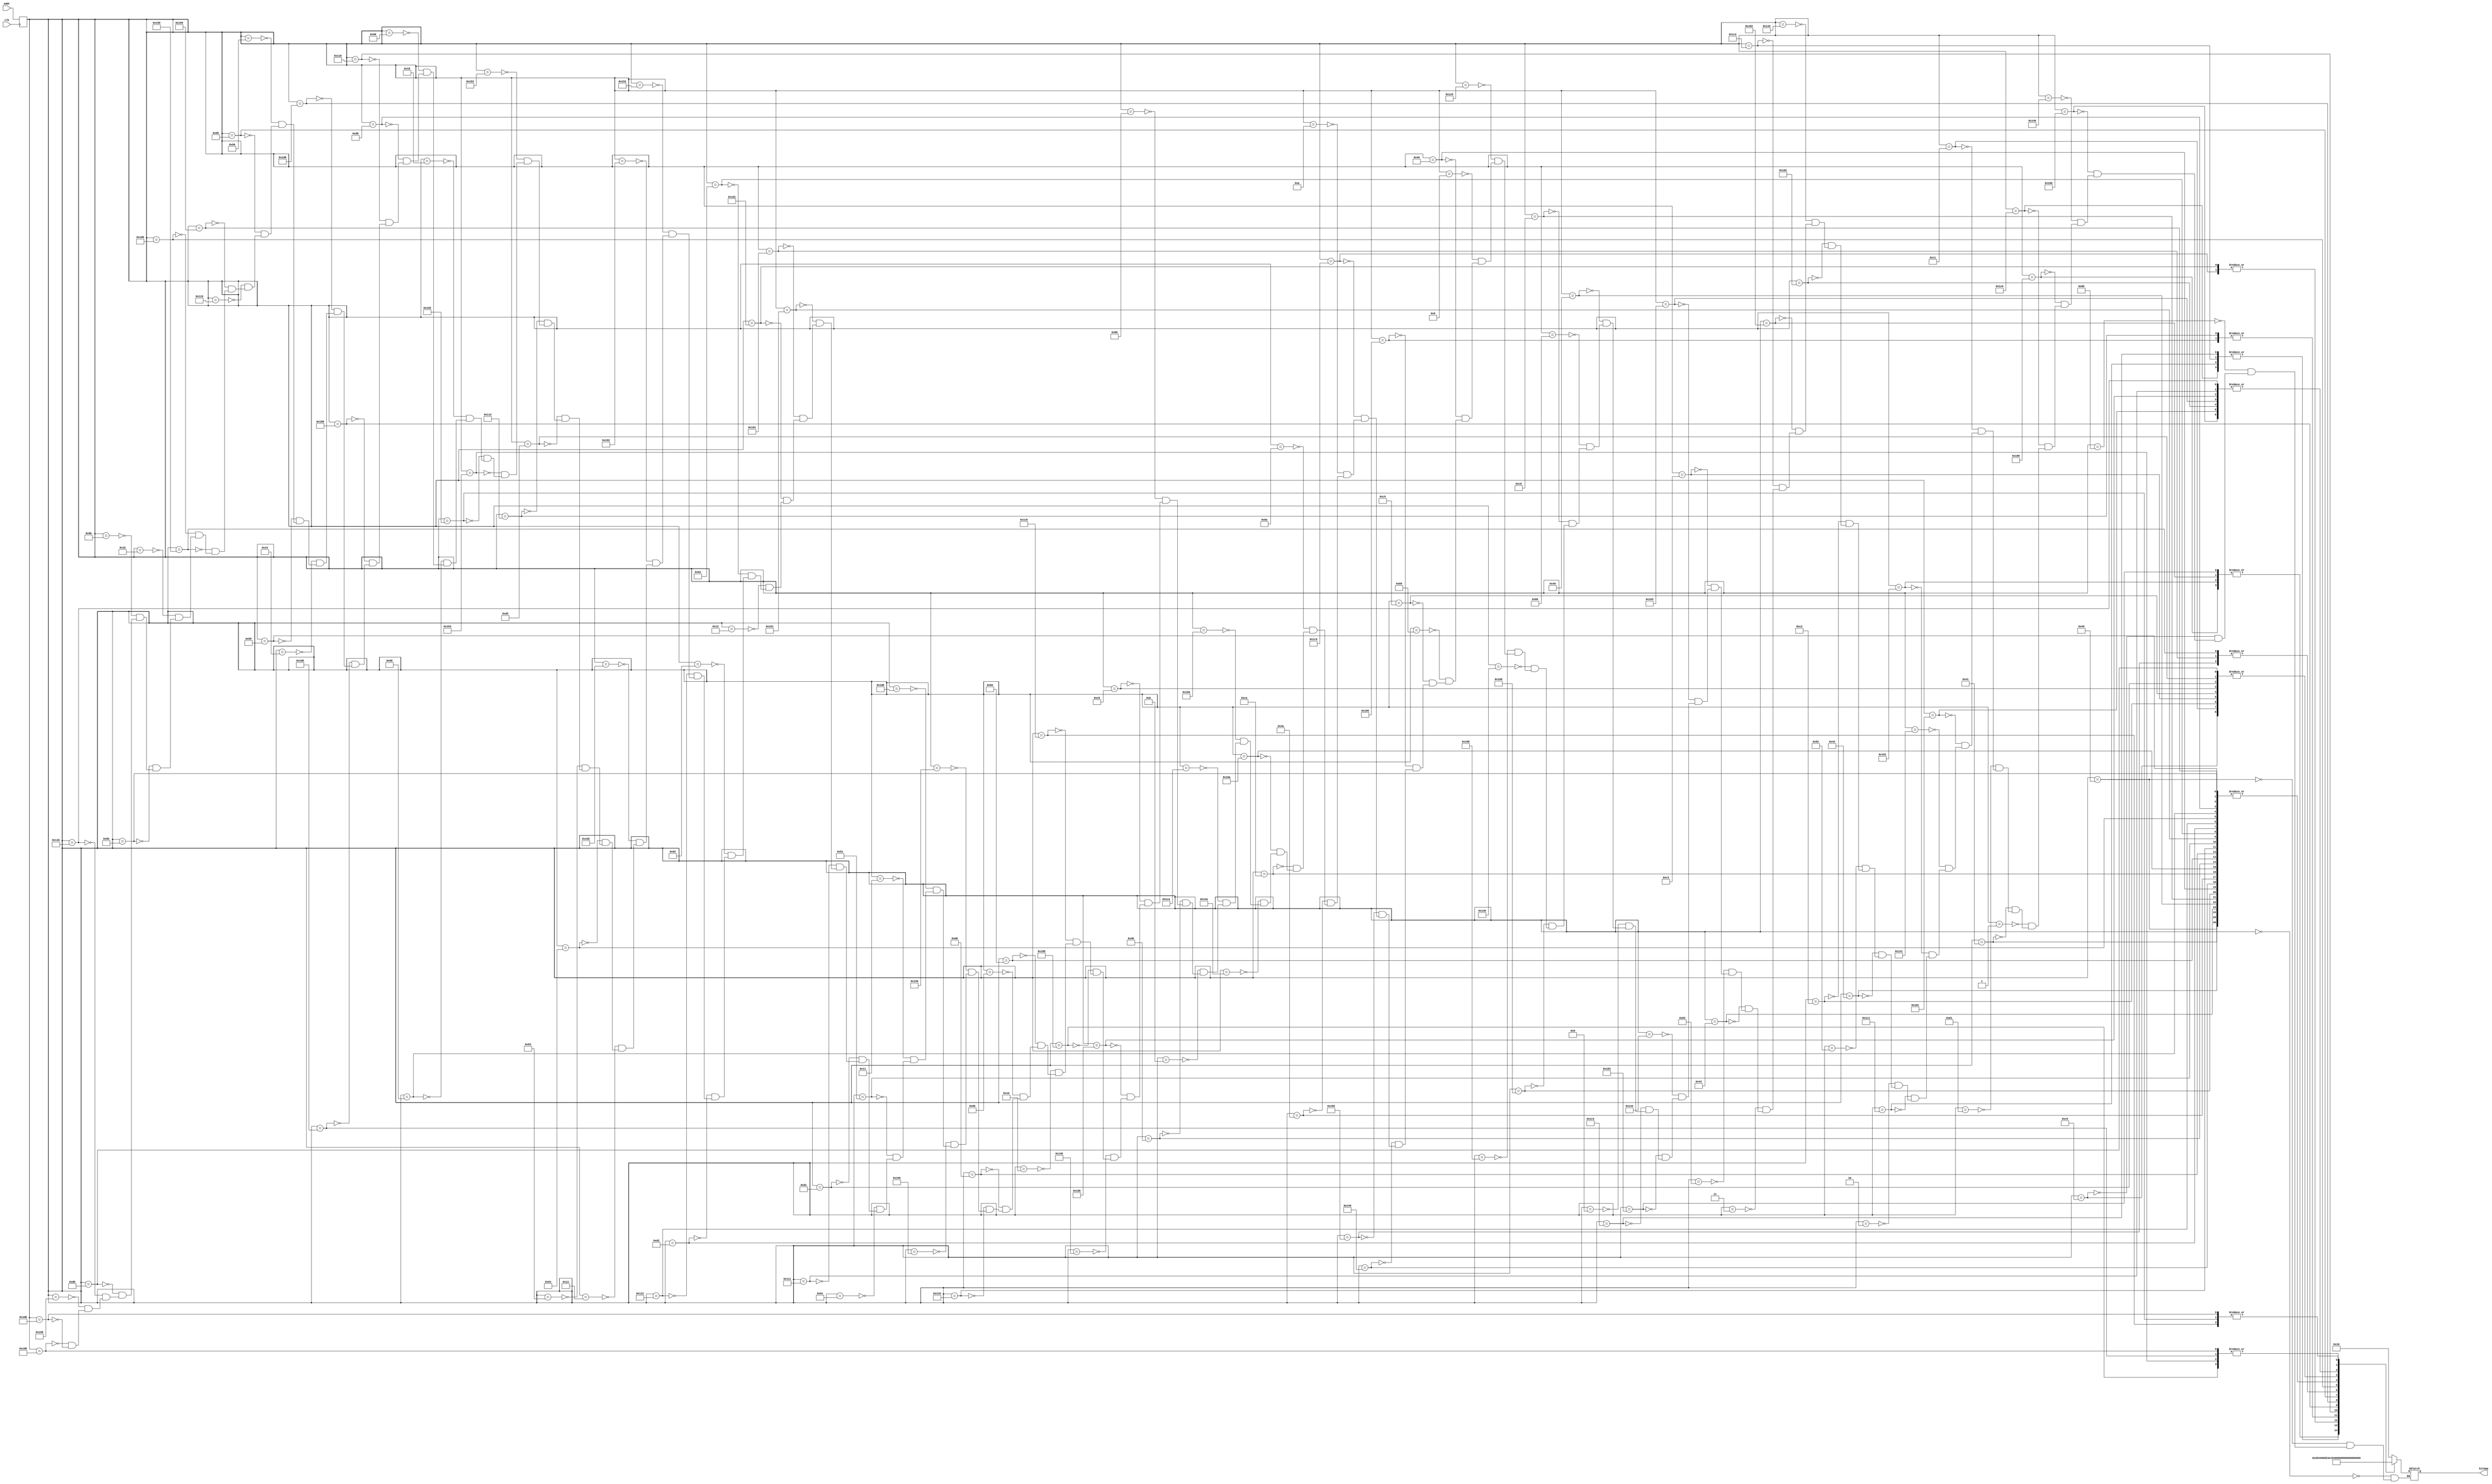
`timescale 1ns / 1ps
//////////////////////////////////////////////////////////////////////////////////
// Company: 
// Engineer: 
// 
// Design Name: 
// Module Name:    p2_action_rom 
// Project Name: 
// Target Devices: 
// Tool versions: 
// Description: 
//
// Dependencies: 
//
// Revision: 
// Revision 0.01 - File Created
// Additional Comments: 
//
//////////////////////////////////////////////////////////////////////////////////
module p2_action_rom(input wire clk, input wire[9:0] addr, output reg[7:0] bitmap);
	reg [9:0] addr_reg;
	always @(posedge clk)
		addr_reg<=addr;
	always @(*)
	begin
		case (addr_reg)
			//stay frap_0~3
			9'o000:bitmap<=8'b00010000;
			9'o100:bitmap<=8'b00111000;
			9'o200:bitmap<=8'b00010000;
			9'o300:bitmap<=8'b01111100;
			9'o400:bitmap<=8'b10010110;
			9'o500:bitmap<=8'b00010000;
			9'o600:bitmap<=8'b00101000;
			9'o700:bitmap<=8'b01000100;
			
			9'o001:bitmap<=8'b00010000;
			9'o101:bitmap<=8'b00111000;
			9'o201:bitmap<=8'b00010000;
			9'o301:bitmap<=8'b01111100;
			9'o401:bitmap<=8'b10010110;
			9'o501:bitmap<=8'b00010000;
			9'o601:bitmap<=8'b00101000;
			9'o701:bitmap<=8'b01000100;
			
			9'o002:bitmap<=8'b00010000;
			9'o102:bitmap<=8'b00111000;
			9'o202:bitmap<=8'b00010000;
			9'o302:bitmap<=8'b01111100;
			9'o402:bitmap<=8'b10010110;
			9'o502:bitmap<=8'b00010000;
			9'o602:bitmap<=8'b00101000;
			9'o702:bitmap<=8'b01000100;
			
			9'o003:bitmap<=8'b00010000;
			9'o103:bitmap<=8'b00111000;
			9'o203:bitmap<=8'b00010000;
			9'o303:bitmap<=8'b01111100;
			9'o403:bitmap<=8'b10010110;
			9'o503:bitmap<=8'b00010000;
			9'o603:bitmap<=8'b00101000;
			9'o703:bitmap<=8'b01000100;
			
			//forward frap_0~3
			9'o010:bitmap<=8'b00010000;
			9'o110:bitmap<=8'b00111000;
			9'o210:bitmap<=8'b00010000;
			9'o310:bitmap<=8'b00111000;
			9'o410:bitmap<=8'b00111000;
			9'o510:bitmap<=8'b00010000;
			9'o610:bitmap<=8'b00010000;
			9'o710:bitmap<=8'b00010000;
			
			9'o011:bitmap<=8'b00010000;
			9'o111:bitmap<=8'b00111000;
			9'o211:bitmap<=8'b00010000;
			9'o311:bitmap<=8'b01111100;
			9'o411:bitmap<=8'b11010010;
			9'o511:bitmap<=8'b00111000;
			9'o611:bitmap<=8'b01101100;
			9'o711:bitmap<=8'b00000000;

			9'o012:bitmap<=8'b00010000;
			9'o112:bitmap<=8'b00111000;
			9'o212:bitmap<=8'b00010000;
			9'o312:bitmap<=8'b00111000;
			9'o412:bitmap<=8'b00111000;
			9'o512:bitmap<=8'b00010000;
			9'o612:bitmap<=8'b00010000;
			9'o712:bitmap<=8'b00010000;
			
			9'o013:bitmap<=8'b00010000;
			9'o113:bitmap<=8'b00111000;
			9'o213:bitmap<=8'b00010000;
			9'o313:bitmap<=8'b01111100;
			9'o413:bitmap<=8'b10010110;
			9'o513:bitmap<=8'b00010000;
			9'o613:bitmap<=8'b00101100;
			9'o713:bitmap<=8'b01000010;
			
			//backward frap_0~3
			9'o020:bitmap<=8'b00010000;
			9'o120:bitmap<=8'b00111000;
			9'o220:bitmap<=8'b00010000;
			9'o320:bitmap<=8'b00111000;
			9'o420:bitmap<=8'b00111000;
			9'o520:bitmap<=8'b00010000;
			9'o620:bitmap<=8'b00010000;
			9'o720:bitmap<=8'b00010000;
			
			9'o021:bitmap<=8'b00010000;
			9'o121:bitmap<=8'b00111000;
			9'o221:bitmap<=8'b00010000;
			9'o321:bitmap<=8'b01111100;
			9'o421:bitmap<=8'b10010110;
			9'o521:bitmap<=8'b00111000;
			9'o621:bitmap<=8'b01101100;
			9'o721:bitmap<=8'b00000000;

			9'o022:bitmap<=8'b00010000;
			9'o122:bitmap<=8'b00111000;
			9'o222:bitmap<=8'b00010000;
			9'o322:bitmap<=8'b00111000;
			9'o422:bitmap<=8'b00111000;
			9'o522:bitmap<=8'b00010000;
			9'o622:bitmap<=8'b00010000;
			9'o722:bitmap<=8'b00010000;
		
			9'o023:bitmap<=8'b00010000;
			9'o123:bitmap<=8'b00111000;
			9'o223:bitmap<=8'b00010000;
			9'o323:bitmap<=8'b01111100;
			9'o423:bitmap<=8'b11010010;
			9'o523:bitmap<=8'b00010000;
			9'o623:bitmap<=8'b00101100;
			9'o723:bitmap<=8'b01000010;
			
			
			//punch frap_0~3
			9'o030:bitmap<=8'b00010000;
			9'o130:bitmap<=8'b00111000;
			9'o230:bitmap<=8'b00010000;
			9'o330:bitmap<=8'b00111000;
			9'o430:bitmap<=8'b00111110;
			9'o530:bitmap<=8'b00011000;
			9'o630:bitmap<=8'b00101100;
			9'o730:bitmap<=8'b01000000;
			
			9'o031:bitmap<=8'b00010000;
			9'o131:bitmap<=8'b00111000;
			9'o231:bitmap<=8'b00010000;
			9'o331:bitmap<=8'b00111111;
			9'o431:bitmap<=8'b00010000;
			9'o531:bitmap<=8'b00111000;
			9'o631:bitmap<=8'b01101100;
			9'o731:bitmap<=8'b11000110;

			9'o030:bitmap<=8'b00010000;
			9'o130:bitmap<=8'b00111000;
			9'o230:bitmap<=8'b00010000;
			9'o330:bitmap<=8'b00111000;
			9'o430:bitmap<=8'b00111110;
			9'o530:bitmap<=8'b00011000;
			9'o630:bitmap<=8'b00101100;
			9'o730:bitmap<=8'b01000000;
			
			9'o033:bitmap<=8'b00010000;
			9'o133:bitmap<=8'b00111000;
			9'o233:bitmap<=8'b00010000;
			9'o333:bitmap<=8'b01111100;
			9'o433:bitmap<=8'b10010110;
			9'o533:bitmap<=8'b00010000;
			9'o633:bitmap<=8'b00101100;
			9'o733:bitmap<=8'b01000010;
			
			//kick frap_0~3
			9'o010:bitmap<=8'b00010000;
			9'o110:bitmap<=8'b00111000;
			9'o210:bitmap<=8'b00010000;
			9'o310:bitmap<=8'b01111100;
			9'o410:bitmap<=8'b10010110;
			9'o510:bitmap<=8'b00011000;
			9'o610:bitmap<=8'b00101100;
			9'o710:bitmap<=8'b01000000;
			
			9'o011:bitmap<=8'b00010000;
			9'o111:bitmap<=8'b00111000;
			9'o211:bitmap<=8'b00010000;
			9'o311:bitmap<=8'b01111000;
			9'o411:bitmap<=8'b0011100;
			9'o511:bitmap<=8'b00111000;
			9'o611:bitmap<=8'b01100110;
			9'o711:bitmap<=8'b00000000;

			9'o012:bitmap<=8'b00010000;
			9'o112:bitmap<=8'b00111000;
			9'o212:bitmap<=8'b00010000;
			9'o312:bitmap<=8'b01111000;
			9'o412:bitmap<=8'b00111000;
			9'o512:bitmap<=8'b00111111;
			9'o612:bitmap<=8'b00010000;
			9'o712:bitmap<=8'b00010000;
			
			9'o013:bitmap<=8'b00010000;
			9'o113:bitmap<=8'b00111000;
			9'o213:bitmap<=8'b00010000;
			9'o313:bitmap<=8'b01111100;
			9'o413:bitmap<=8'b10010110;
			9'o513:bitmap<=8'b00010000;
			9'o613:bitmap<=8'b00101100;
			9'o713:bitmap<=8'b01000010;
		endcase
	end

endmodule